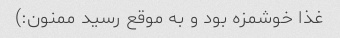
غذا خوشمزه بود و به موقع رسید ممنون:)